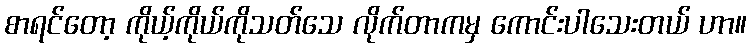
စာရင်တော့ ကိုယ့်ကိုယ်ကိုသတ်သေ လိုက်တာကမှ ကောင်းပါသေးတယ် ဟာ။